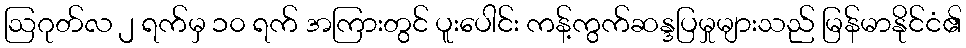
ဩဂုတ်လ ၂ ရက်မှ ၁၀ ရက် အကြားတွင် ပူးပေါင်း ကန့်ကွက်ဆန္ဒပြမှုများသည် မြန်မာနိုင်ငံ၏